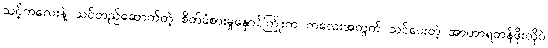
သင့်ကလေးနဲ့ သင်တည်ဆောက်တဲ့ စိတ်ခံစားမှုနှောင်ကြိုးက ကလေးအတွက် သင်ပေးတဲ့ အာဟာရတန်ဖိုးလိုပဲ